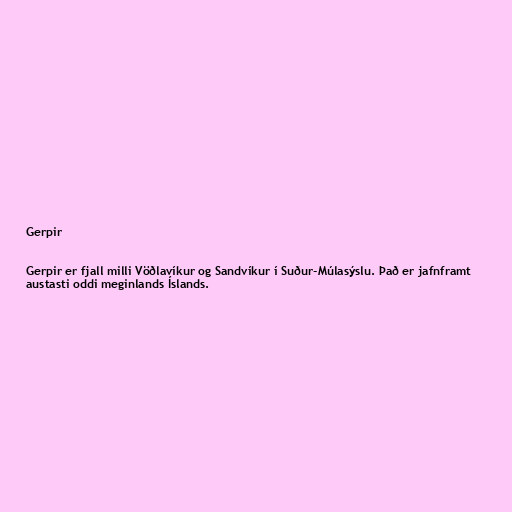
Gerpir

Gerpir er fjall milli Vöðlavíkur og Sandvíkur í Suður-Múlasýslu. Það er jafnframt
austasti oddi meginlands Íslands.